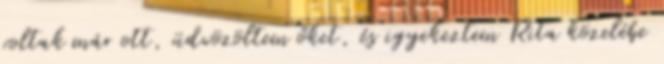
voltak már ott, üdvözöltem őket, és igyekeztem Rita közelébe